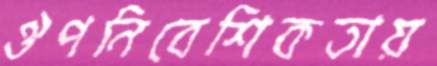
ঔপনিবেশিকতায়